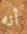
أنه